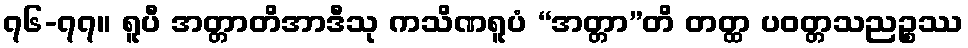
၇၆-၇၇။ ရူပီ အတ္တာတိအာဒီသု ကသိဏရူပံ “အတ္တာ”တိ တတ္ထ ပဝတ္တသညဉ္စဿ